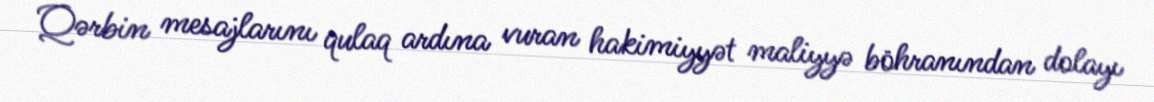
Qərbin mesajlarını qulaq ardına vuran hakimiyyət maliyyə böhranından dolayı